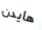
هايدن